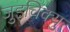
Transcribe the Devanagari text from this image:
जुइचिक्यु